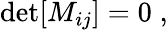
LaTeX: \begin{array}{r}{\operatorname*{det}[{M_{ij}}]=0\; ,}\end{array}